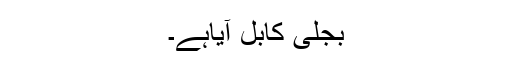
بجلی کابل آیاہے۔